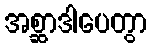
အစ္ဆာဒါပေတွာ